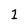
Character: 1